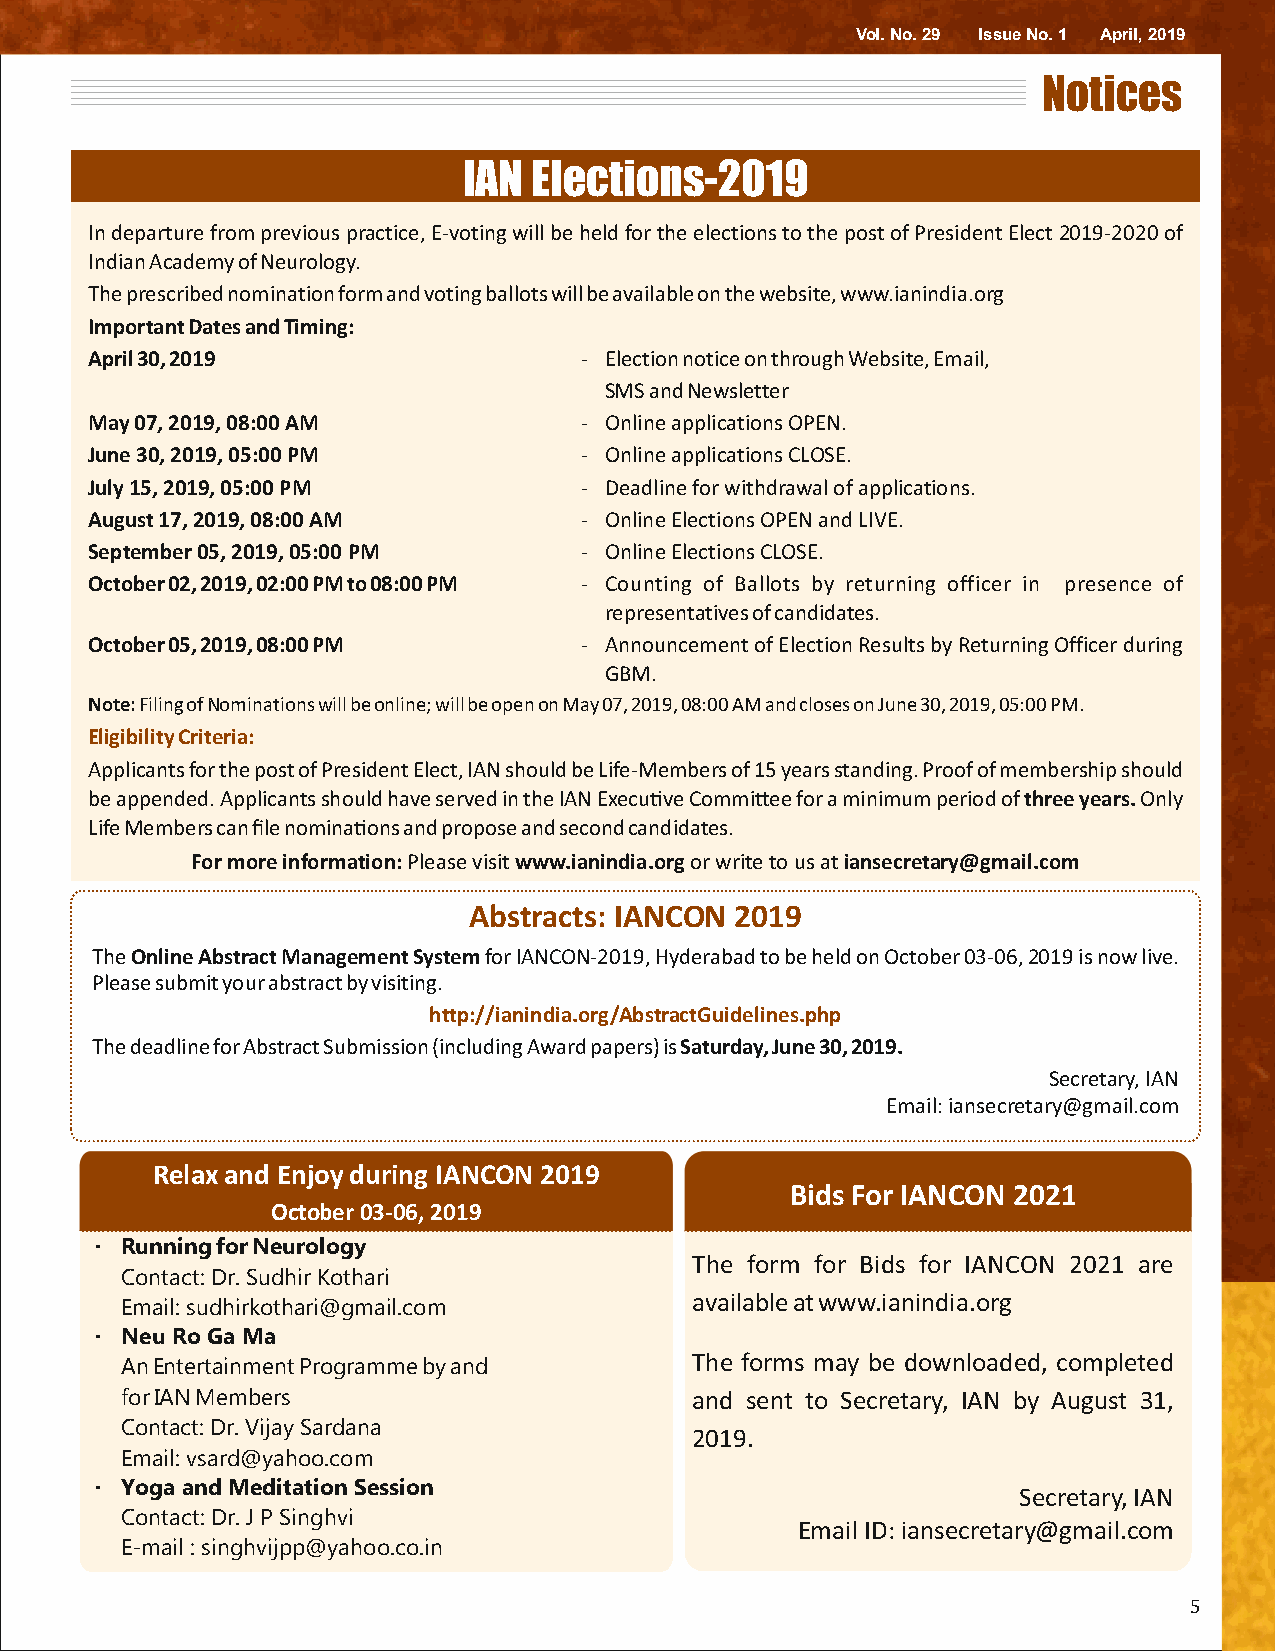
Vol. No. 29 Issue No. 1 April, 2019
 Notices
 IAN Elections-2019
 In departure from previous practice, E-voting will be held for the elections to the post of President Elect 2019-2020 of
 Indian Academy of Neurology.
 The prescribed nomination form and voting ballots will be available on the website, www.ianindia.org
 Important Dates and Timing:
 April 30, 2019                  - Election notice on through Website, Email,
 SMS and Newsletter
 May 07, 2019, 08:00 AM          - Online applications OPEN.
 June 30, 2019, 05:00 PM         - Online applications CLOSE.
 July 15, 2019, 05:00 PM         - Deadline for withdrawal of applications.
 August 17, 2019, 08:00 AM       - Online Elections OPEN and LIVE.
 September 05, 2019, 05:00 PM    - Online Elections CLOSE.
 October 02, 2019, 02:00 PM to 08:00 PM - Counting of Ballots by returning officer in presence of
 representatives of candidates.
 October 05, 2019, 08:00 PM      - Announcement of Election Results by Returning Officer during
 GBM.
 Note: Filing of Nominations will be online; will be open on May 07, 2019, 08:00 AM and closes on June 30, 2019, 05:00 PM.
 Eligibility Criteria:
 Applicants for the post of President Elect, IAN should be Life-Members of 15 years standing. Proof of membership should
 be appended. Applicants should have served in the IAN Execuve Commiee for a minimum period of three years. Only
 Life Members can file nominaons and propose and second candidates.
 For more information: Please visit www.ianindia.org or write to us at iansecretary@gmail.com
 Abstracts: IANCON 2019
 The Online Abstract Management System for IANCON-2019, Hyderabad to be held on October 03-06, 2019 is now live.
 Please submit your abstract by visiting.
 http://ianindia.org/AbstractGuidelines.php
 The deadline for Abstract Submission (including Award papers) is Saturday, June 30, 2019.
 Secretary, IAN
 Email: iansecretary@gmail.com
 Relax and Enjoy during IANCON 2019
 Bids For IANCON 2021
 October 03-06, 2019
 · Running for Neurology
 The form for Bids for IANCON 2021 are
 Contact: Dr. Sudhir Kothari
 available at www.ianindia.org
 Email: sudhirkothari@gmail.com
 · Neu Ro Ga Ma
 An Entertainment Programme by and     The forms may be downloaded, completed
 for IAN Members                       and sent to Secretary, IAN by August 31,
 Contact: Dr. Vijay Sardana
 2019.
 Email: vsard@yahoo.com
 · Yoga and Meditation Session
 Secretary, IAN
 Contact: Dr. J P Singhvi
 Email ID: iansecretary@gmail.com
 E-mail : singhvijpp@yahoo.co.in
 5